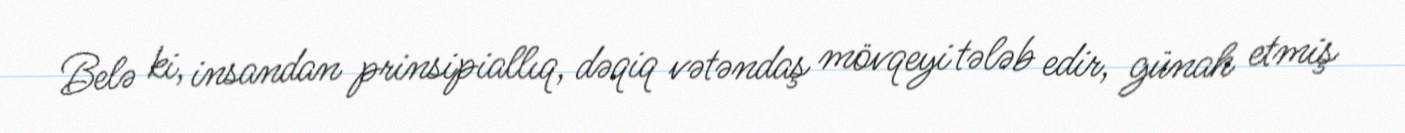
Belə ki, insandan prinsipiallıq, dəqiq vətəndaş mövqeyi tələb edir, günah etmiş